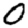
Digit: 0